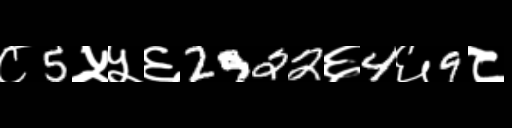
Text: ८5५५६2922६4६9८